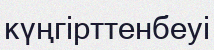
күңгірттенбеуі